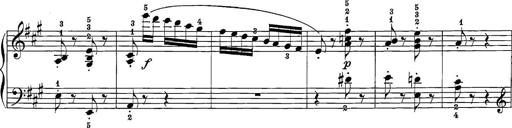
Title: 12 Sonatine per Pianoforte
Composer: Friedrich Kuhlau